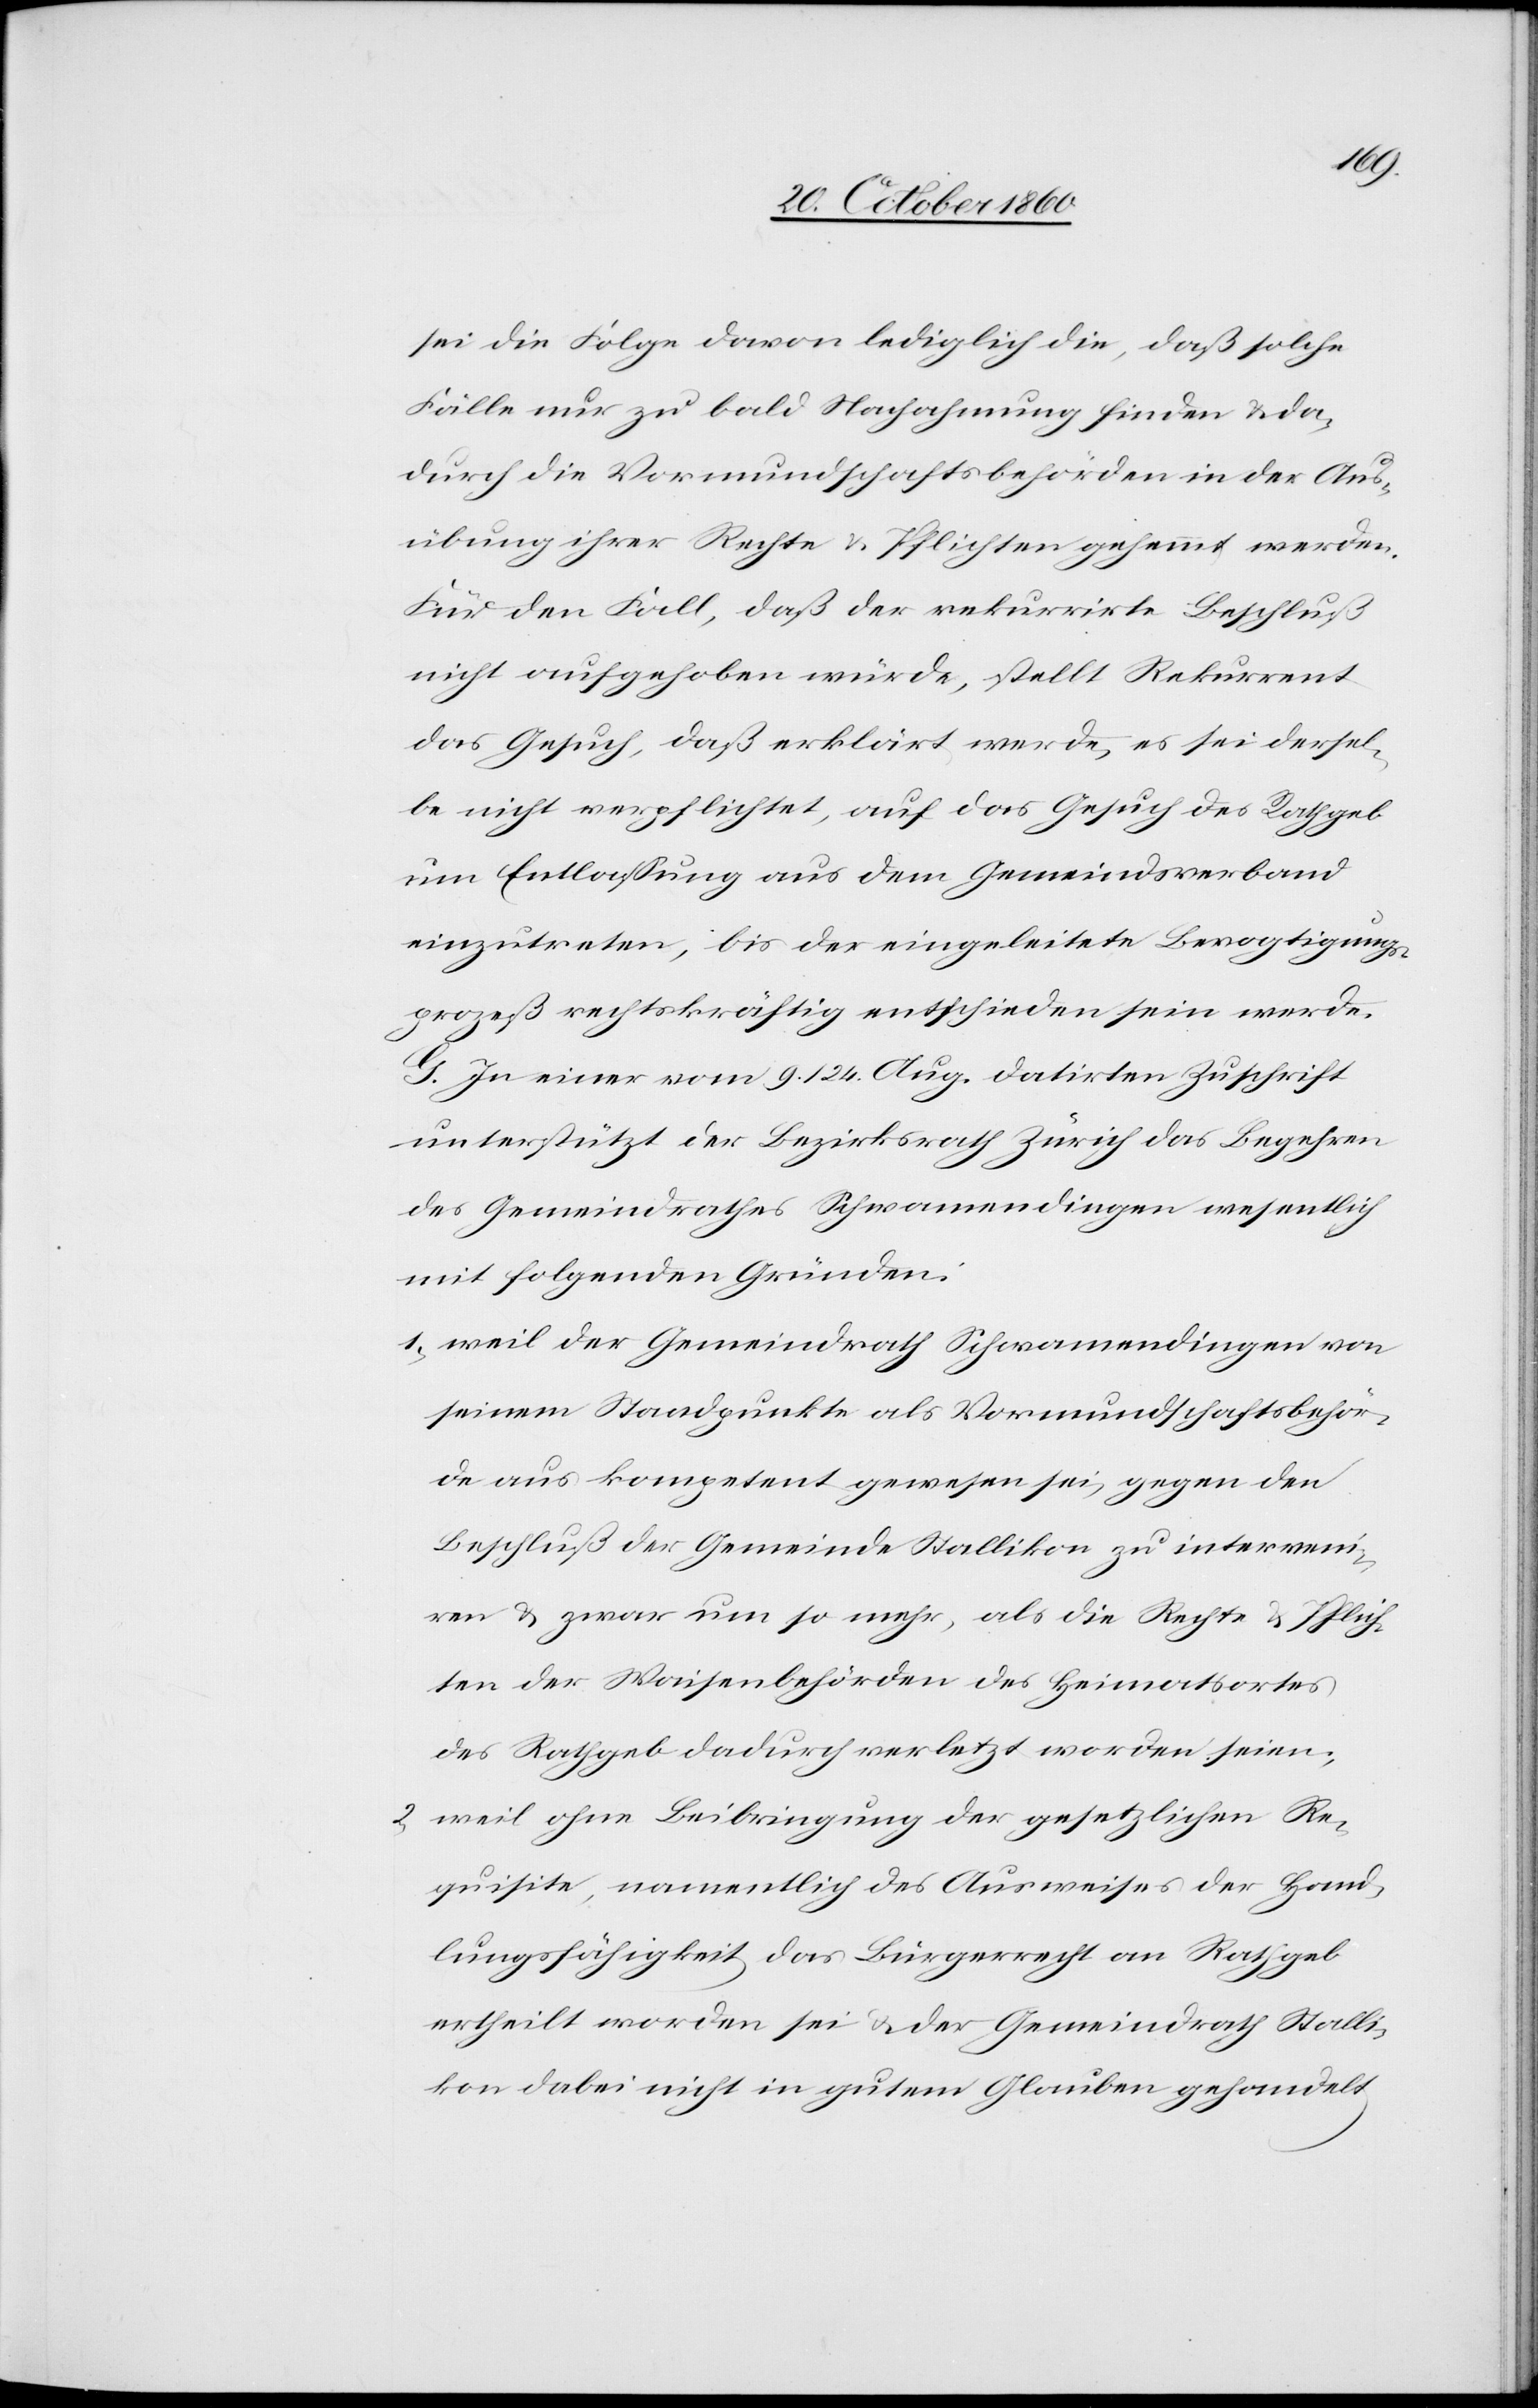
sei die Folge davon lediglich die, daß solche
Fälle nur zu bald Nachahmung finden u. da¬
durch die Vormundschaftsbehörden in der Aus¬
übung ihrer Rechte u. Pflichten gehemmt werden.
Für den Fall, daß der rekurrirte Beschluß
nicht aufgehoben würde, stellt Rekurrent
das Gesuch, daß erklärt werde, es sei dersel¬
be nicht verpflichtet, auf das Gesuch des Rathgeb
um Entlassung aus dem Gemeindsverband
einzutreten, bis der eingeleitete Bevogtigungs¬
prozeß rechtskräftig entschieden sein werde.
G. In einer vom 9./24. Aug. datirten Zuschrift
unterstützt der Bezirksrath Zürich das Begehren
des Gemeindrathes Schwamendingen wesentlich
mit folgenden Gründen:
1. weil der Gemeindrath Schwamendingen von
seinem Standpunkte als Vormundschaftsbehör¬
de aus kompetent gewesen sei, gegen den
Beschluß der Gemeinde Stallikon zu interweni¬
ren u. zwar um so mehr, als die Rechte u. Pflich¬
ten der Waisenbehörden des Heimatsortes
des Rathgeb dadurch verletzt worden seien;
2. weil ohne Beibringung der gesetzlichen Re¬
quisite, namentlich des Ausweises der Hand¬
lungsfähigkeit das Bürgerrecht an Rathgeb
ertheilt worden sei u. der Gemeindrath Stalli¬
kon dabei nicht in gutem Glauben gehandelt